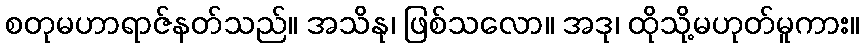
စတုမဟာရာဇ်နတ်သည်။ အသိနု၊ ဖြစ်သလော။ အဒု၊ ထိုသို့မဟုတ်မူကား။